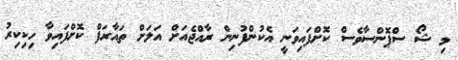
މި ޝޯ ސްޕޮންސާވެސް ކޮށްފައިވަނީ އެކުންފުނިން ރާއްޖެއަށް އަލަށް ތައާރަފް ކޮށްފައިވާ ހިކިކިރު